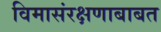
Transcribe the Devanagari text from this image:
विमासंरक्षणाबाबत